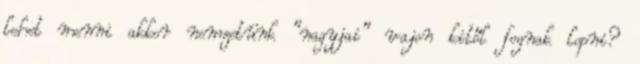
lehet menni akkor nemzetünk "nagyjai" vajon kitől fognak lopni?